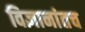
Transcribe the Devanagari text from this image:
विज्ञानांतच